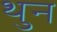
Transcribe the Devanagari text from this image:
थुन